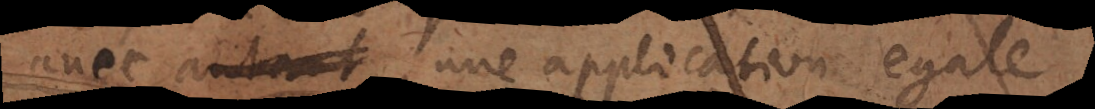
avec une application egale